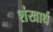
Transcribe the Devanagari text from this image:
शंखार्ध